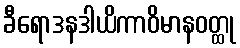
ခီရောဒနဒါယိကာဝိမာနဝတ္ထု